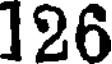
126